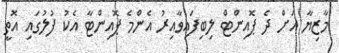
މާޒިޔާ އަށް ދެ ޕޮއިންޓް ލިބިފައިވާއިރު އެންމެ ޕޮއިންޓާ އެކު ފުލުގައި އޮތީ